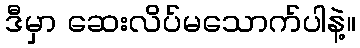
ဒီမှာ ဆေးလိပ်မသောက်ပါနဲ့။